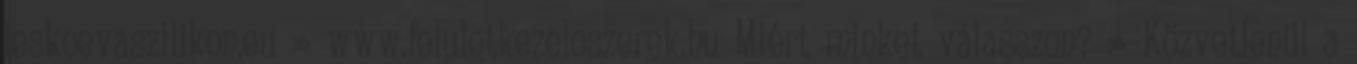
leskoevaszilikon.eu » www.feluletkezeloszerek.hu Miért minket válasszon? » Közvetlenül a